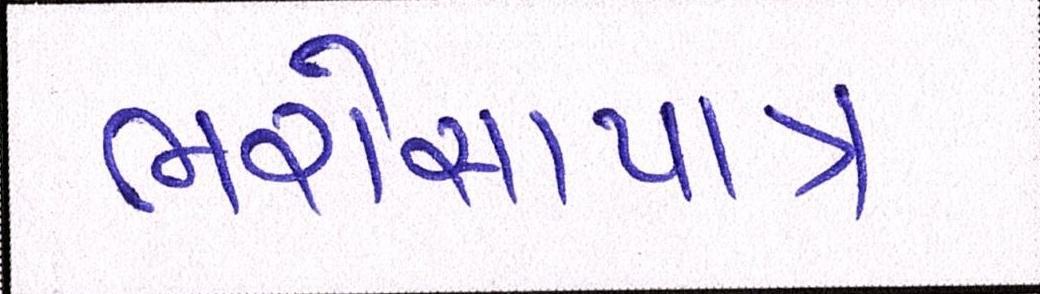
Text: ભરોસાપાત્ર